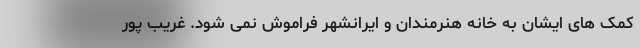
کمک های ایشان به خانه هنرمندان و ایرانشهر فراموش نمی شود. غریب پور